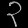
Digit: ၃